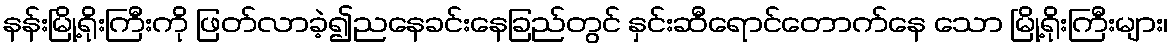
နန်းမြို့ရိုးကြီးကို ဖြတ်လာခဲ့၍ညနေခင်းနေခြည်တွင် နှင်းဆီရောင်တောက်နေ သော မြို့ရိုးကြီးများ၊